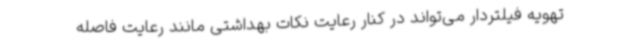
تهویه فیلتردار می‌تواند در کنار رعایت نکات بهداشتی مانند رعایت فاصله